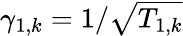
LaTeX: \gamma_{1,k}=1/\sqrt{T_{1,k}}